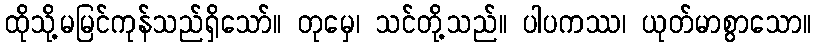
ထိုသို့မမြင်ကုန်သည်ရှိသော်။ တုမှေ၊ သင်တို့သည်။ ပါပကဿ၊ ယုတ်မာစွာသော။